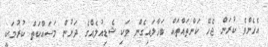
އެހެންވެ ކުރަން ޖެހޭ ކަންތައްތައް ބަހާލައިގެން ވަކި ޝެޑިއުލެއްގެ ދަށުން މަސައްކަތް ކުރުމަކީ